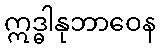
ဣဒ္ဓါနုဘာဝေန